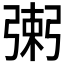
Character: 𢐌